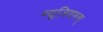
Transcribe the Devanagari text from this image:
म्यूज़ियमस्